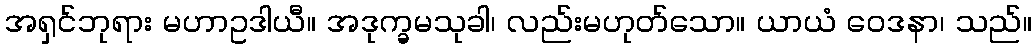
အရှင်ဘုရား မဟာဥဒါယီ။ အဒုက္ခမသုခါ၊ လည်းမဟုတ်သော။ ယာယံ ဝေဒနာ၊ သည်။